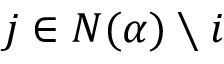
j \in N ( \alpha ) \setminus i